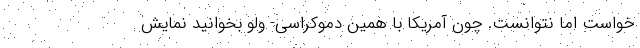
خواست اما نتوانست. چون آمریکا با همین دموکراسی- ولو بخوانید نمایش